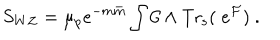
LaTeX: S _ { W Z } = { \mu _ { p } e ^ { - m { \bar { m } } } } \int { \cal C } \wedge \mathrm { T r _ { s } } ( \; e ^ { { \cal F } } ) \ .